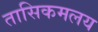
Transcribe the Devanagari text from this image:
तासिकमलय